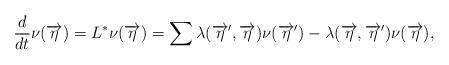
LaTeX: \begin{align*}\frac{d}{ dt} \nu(\overrightarrow{\eta}) = L^* \nu(\overrightarrow{\eta})=\sum \lambda(\overrightarrow{\eta}', \overrightarrow{\eta}) \nu(\overrightarrow{\eta}') - \lambda(\overrightarrow{\eta}, \overrightarrow{\eta}') \nu(\overrightarrow{\eta}),\end{align*}